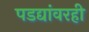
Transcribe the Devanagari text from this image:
पडद्यांवरही